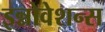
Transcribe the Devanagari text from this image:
इन्नोवेशन्स